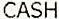
CASH